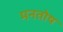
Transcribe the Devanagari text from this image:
मनतोष